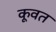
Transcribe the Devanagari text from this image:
कूवत